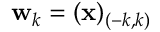
\mathbf { w } _ { k } = ( \mathbf { x } ) _ { ( - k , k ) }